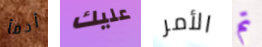
أدفأ عليك الأمر تم